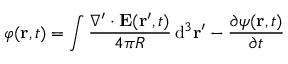
\varphi ( \mathbf { r } , t ) = \int { \frac { \nabla ^ { \prime } \cdot { \mathbf { E } } ( \mathbf { r } ^ { \prime } , t ) } { 4 \pi R } } \operatorname { d } \! ^ { 3 } \mathbf { r } ^ { \prime } - { \frac { \partial { \psi ( \mathbf { r } , t ) } } { \partial t } }